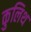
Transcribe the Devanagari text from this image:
कुलिथ